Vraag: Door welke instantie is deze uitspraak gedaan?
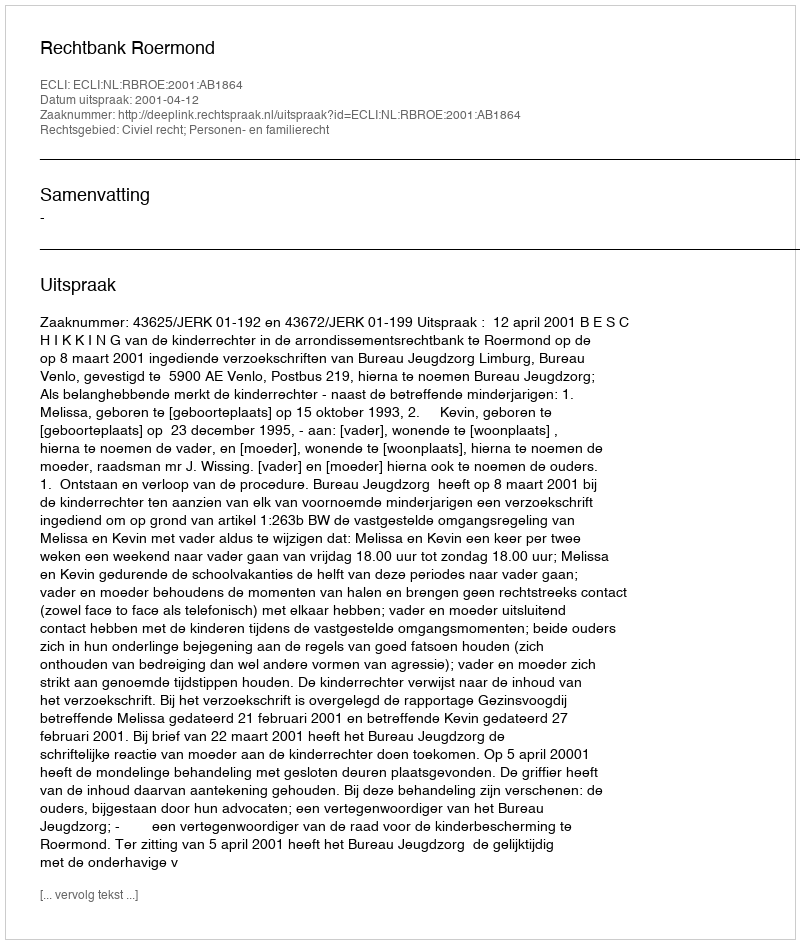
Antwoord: Rechtbank Roermond